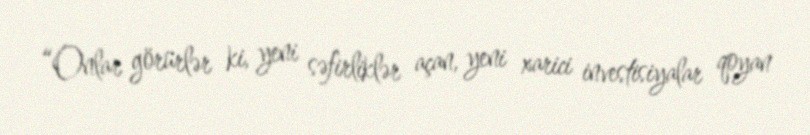
“Onlar görürlər ki, yeni səfirliklər açan, yeni xarici investisiyalar qoyan